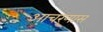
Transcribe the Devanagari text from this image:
आचरणास